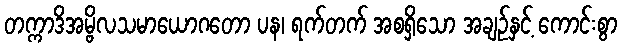
တက္ကာဒိအမ္ဗိလသမာယောဂတော ပန၊ ရက်တက် အစရှိသော အချဉ်နှင့် ကောင်းစွာ